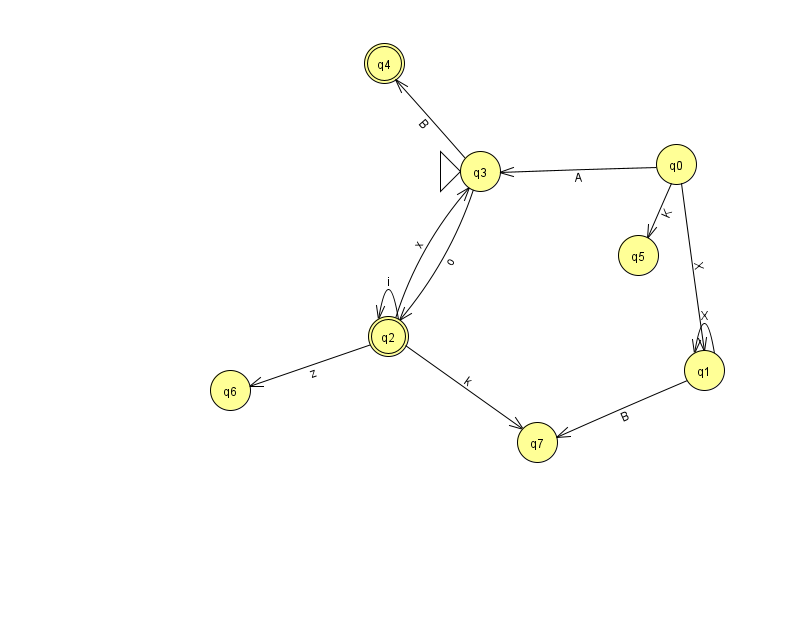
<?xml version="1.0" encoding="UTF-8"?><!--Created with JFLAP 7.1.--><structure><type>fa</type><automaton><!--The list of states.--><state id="0" name="q0"><x>676.0</x><y>151.0</y></state><state id="1" name="q1"><x>704.0</x><y>357.0</y></state><state id="2" name="q2"><x>388.0</x><y>323.0</y><final/></state><state id="3" name="q3"><x>480.0</x><y>158.0</y><initial/></state><state id="4" name="q4"><x>384.0</x><y>50.0</y><final/></state><state id="5" name="q5"><x>638.0</x><y>242.0</y></state><state id="6" name="q6"><x>230.0</x><y>377.0</y></state><state id="7" name="q7"><x>537.0</x><y>429.0</y></state><!--The list of transitions.--><transition><from>1</from><to>7</to><read>B</read></transition><transition><from>2</from><to>6</to><read>z</read></transition><transition><from>3</from><to>4</to><read>B</read></transition><transition><from>2</from><to>7</to><read>k</read></transition><transition><from>0</from><to>1</to><read>X</read></transition><transition><from>0</from><to>3</to><read>A</read></transition><transition><from>1</from><to>1</to><read>X</read></transition><transition><from>2</from><to>2</to><read>i</read></transition><transition><from>2</from><to>3</to><read>x</read></transition><transition><from>0</from><to>5</to><read>K</read></transition><transition><from>3</from><to>2</to><read>o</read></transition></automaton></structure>